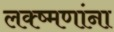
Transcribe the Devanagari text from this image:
लक्ष्मणांना